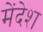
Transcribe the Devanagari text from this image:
मेंदेश